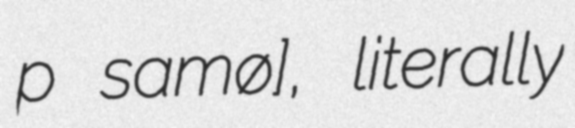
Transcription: pʁɛ samɔɲø], literally